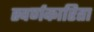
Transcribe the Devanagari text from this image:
स्वर्णकारिता